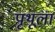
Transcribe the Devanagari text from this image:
पृथूला